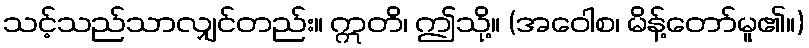
သင့်သည်သာလျှင်တည်း။ ဣတိ၊ ဤသို့။ (အဝေါစ၊ မိန့်တော်မူ၏။)